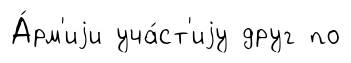
А́рм'иjи уча́ст'иjу друг по